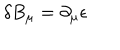
LaTeX: \delta B _ { \mu } = \partial _ { \mu } \epsilon